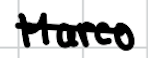
Text: Marco
Cross-out: mix
Writing tool: digital_black